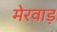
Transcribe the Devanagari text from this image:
मेरवाड़